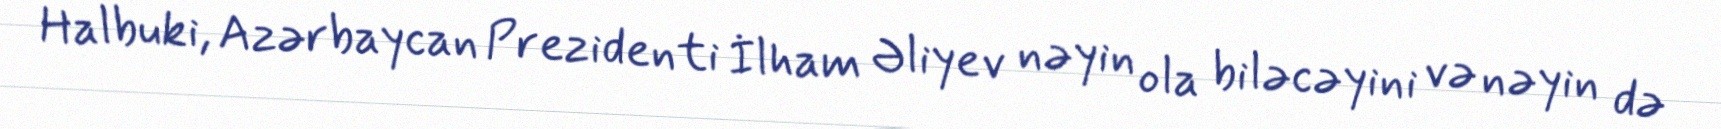
Halbuki, Azərbaycan Prezidenti İlham Əliyev nəyin ola biləcəyini və nəyin də